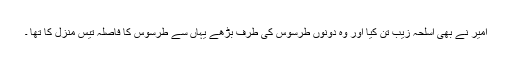
امیر نے بھی اسلحہ زیب تن کیا اور وہ دونوں طرسوس کی طرف بڑھے یہاں سے طرسوس کا فاصلہ تیس منزل کا تھا ۔